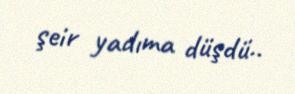
şeir yadıma düşdü..